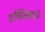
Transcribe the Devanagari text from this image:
सर्व्हिसमध्ये